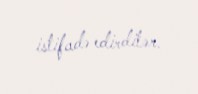
istifadə edirdilər.